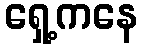
ရှေ့ကနေ